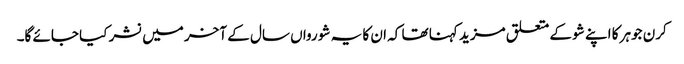
کرن جوہر کا اپنے شو کے متعلق مزید کہنا تھا کہ ان کا یہ شو رواں سال کے آخر میں نشر کیا جائے گا۔